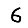
Digit: 6